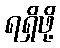
ရရှိဖို့